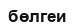
бөлгеи